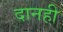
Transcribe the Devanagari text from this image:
दानही